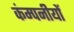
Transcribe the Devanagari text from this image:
कंम्पनीयों